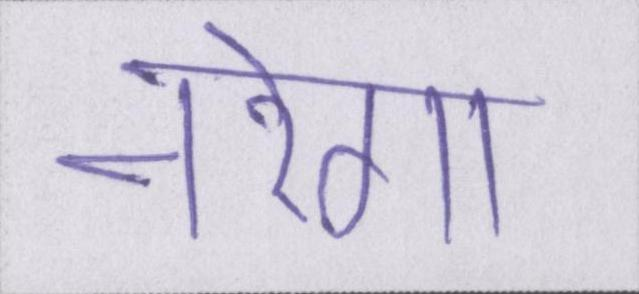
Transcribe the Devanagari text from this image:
नरेगा